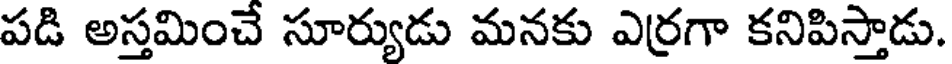
పడి అస్తమించే సూర్యుడు మనకు ఎర్రగా కనిపిస్తాడు.